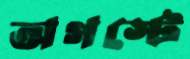
অগস্টে